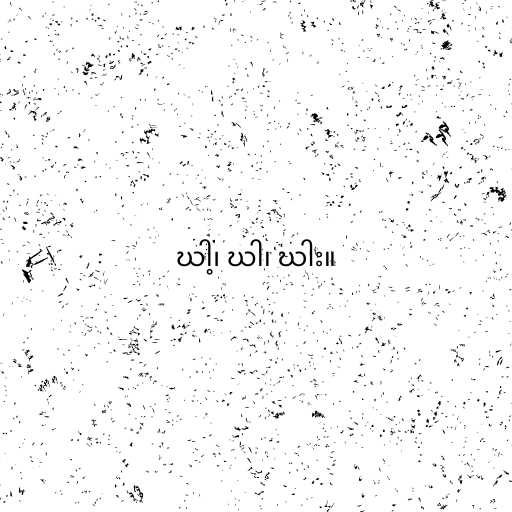
ဃါ့၊ ဃါ၊ ဃါး။